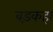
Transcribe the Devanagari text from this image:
बड़कहा